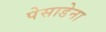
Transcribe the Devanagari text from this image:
पेसाडेना